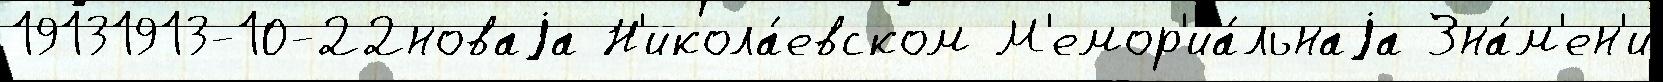
19131913-10-22новаjа Н'икола́евском М'емор'иа́льнаjа Зна́м'ен'и